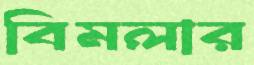
বিমলার